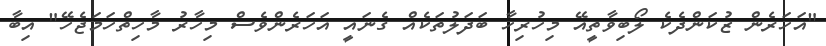
"އަހަރެން ޒުކަންދެކެ ލޯބިވާތީއޭ މިހުރިހާ ބަދަލުތަކެއް ގެނައީ އަހަރެންވެސް މިހާރު މާހިތްހަމަޖެހޭ" އިބާ